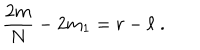
{ \frac { 2 m } { N } } - 2 m _ { 1 } = r - \ell \; .